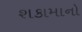
શકામાનો